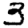
Digit: 3